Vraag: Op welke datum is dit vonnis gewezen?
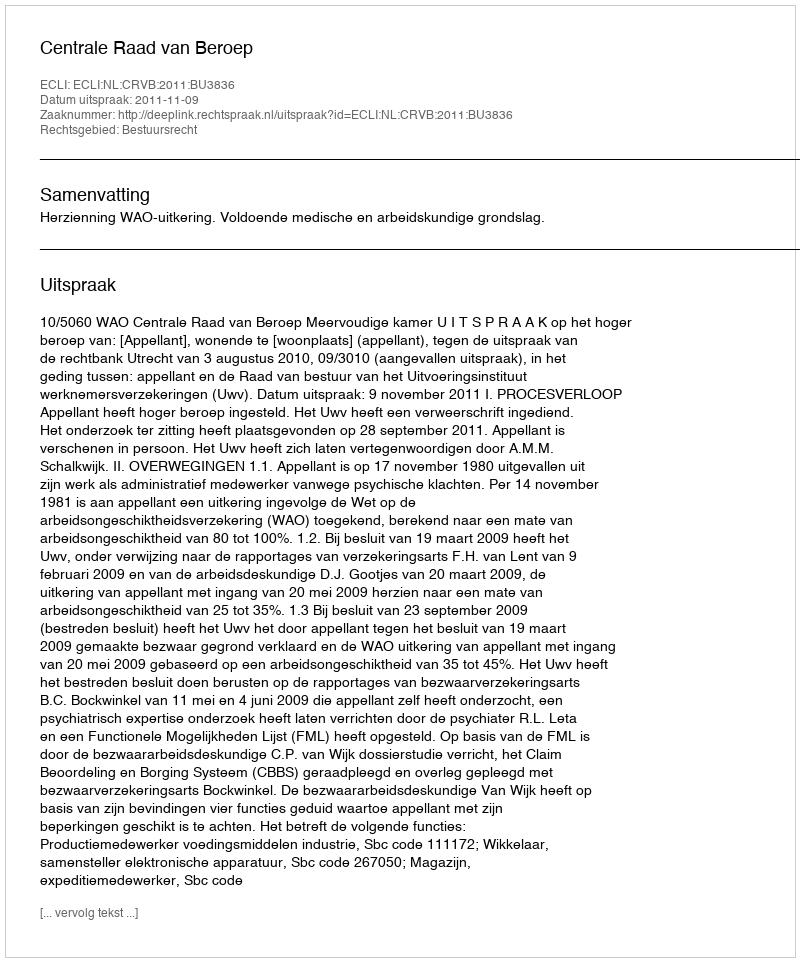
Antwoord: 2011-11-09